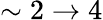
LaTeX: \sim 2\rightarrow 4